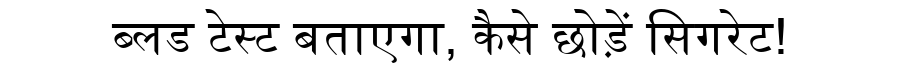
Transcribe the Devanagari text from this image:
ब्लड टेस्ट बताएगा, कैसे छोड़ें सिगरेट!